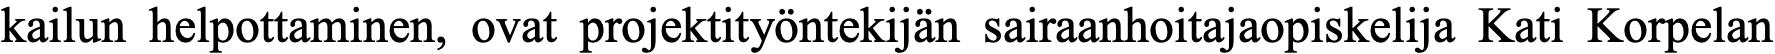
kailun helpottaminen, ovat projektityöntekijän sairaanhoitajaopiskelija Kati Korpelan